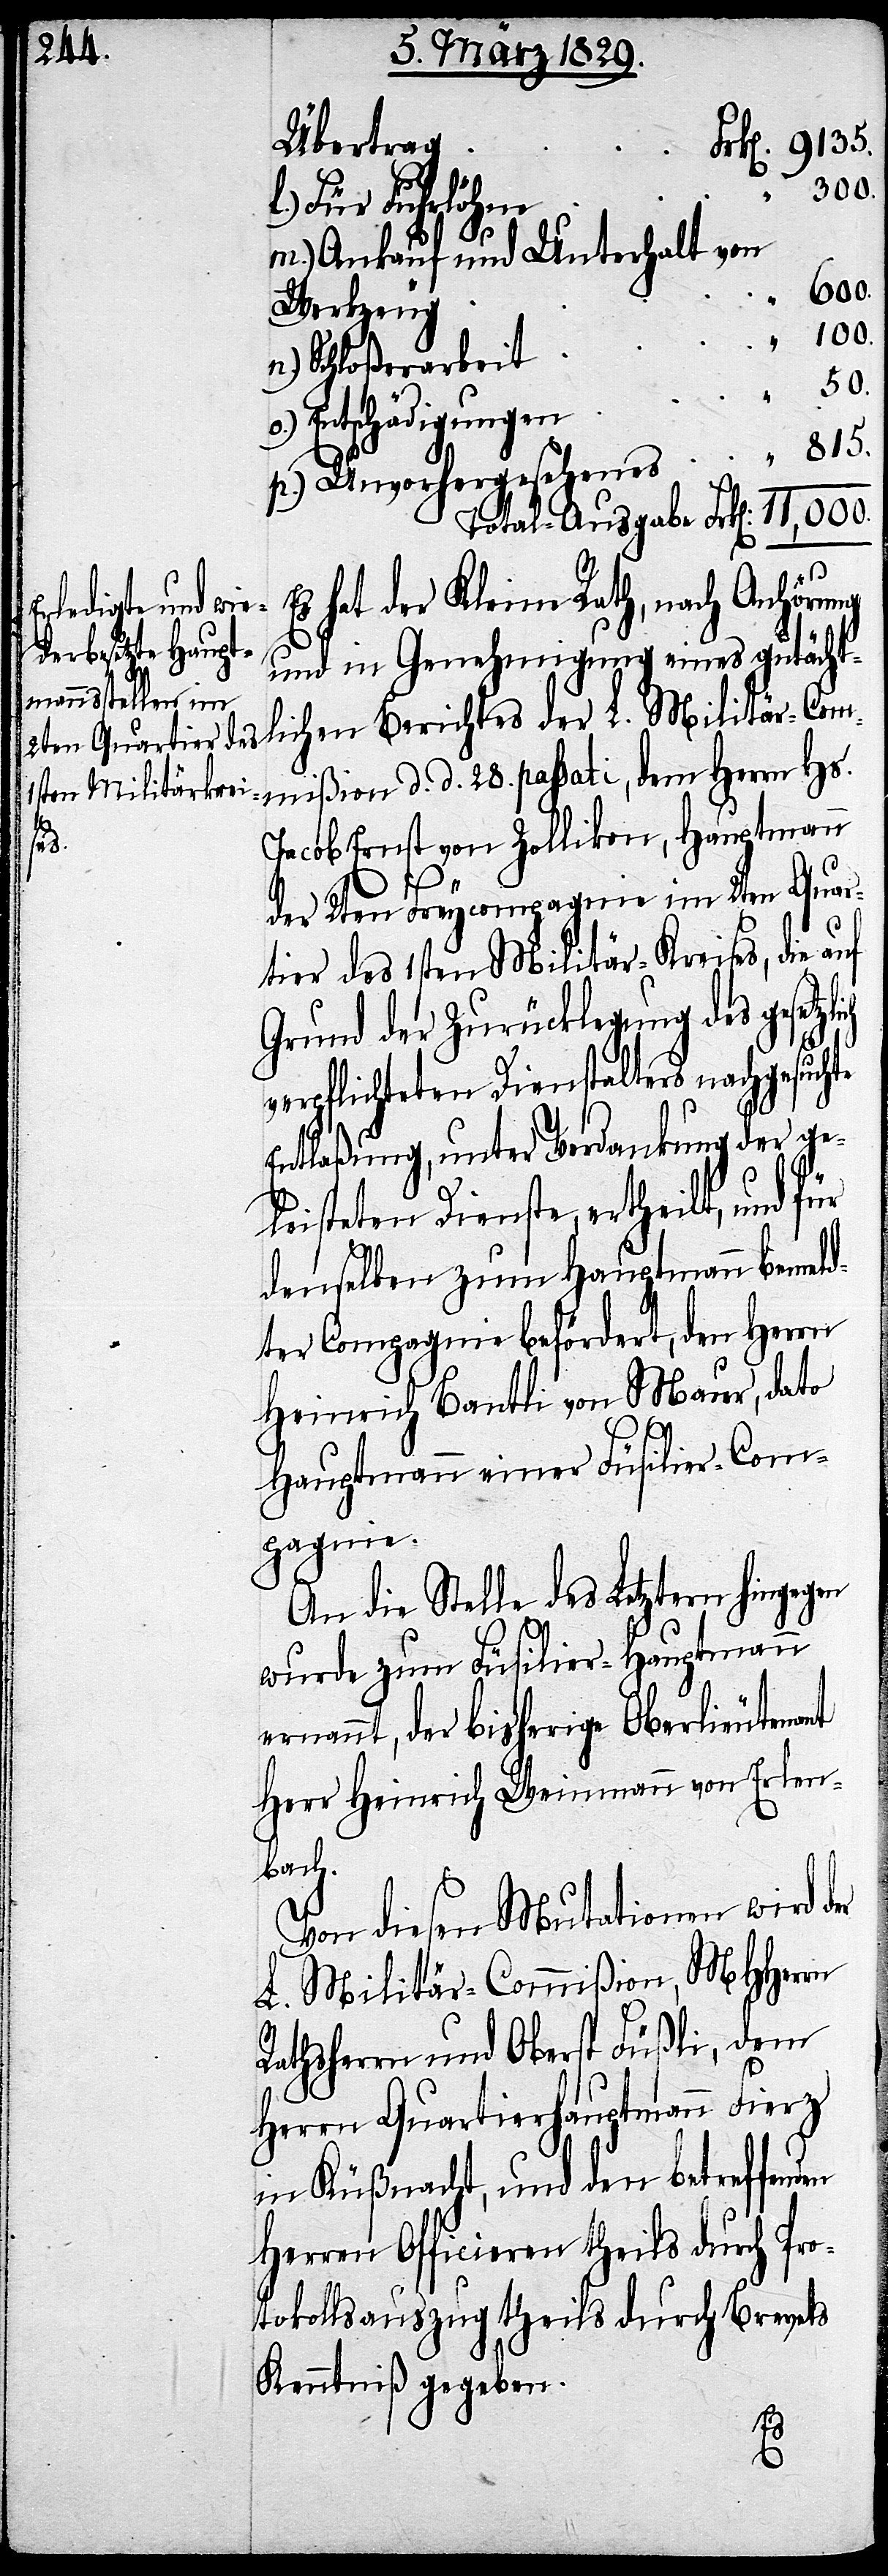
Übertrag
k[en]. 9135.
der
“ 300.
lichen
m.) Ankauf und Unterhalt von
11,000.
Werkzeug
“ 100.
n.) Schloßerarbeit
50.
Entschädigungen
p.) Unvorhergesehenes “ 815.
Total-Ausgaben Frk[en].
Es hat der Kleine Rath, nach Anhörung
und in Genehmigung eines gutächt¬
L. Militär-Commißion d. d. 28. passati, dem Herrn Hs.
Jacob Ernst von Zollikon, Hauptmann
te
der 2ten Freycompagnie im 2ten Quar¬
tier des 1sten Militär-Kreises, die auf
Grund der Zurückhaltung des gesetz¬
verpflichteten Dienstalters nachgesuch¬
Entlaßung, unter Verdankung der ge¬
leisteten Dienste ertheilt, und für
denselben zum Hauptmann bemeld¬
ter Compagnie befördert, den Herrn
Heinrich Bantli von Maur, dato
Hauptmann einer Füsilier-Com¬
pagnie.
An die Stelle des Letztern hingegen
wurde zum Füsilier-Hauptmann
ernannt, der bisherige Oberlieutenant
Herr Heinrich Weinmann vorn Erlen¬
bach.
Von diesen Mutationen wird der
L. Militär-Commißion, MHHerrn
Rathsherr und Oberst Füßli, dem
Herrn Quartierhauptmann Fierz
in Küßnacht, und den betreffend¬
en Officieren theils durch Pro¬
tokollsauszug theils durch Brevets
Kenntniß gegeben.